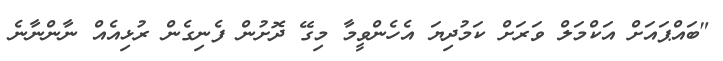
"ބައްޕައަށް އަކްމަލް ވަރަށް ކަމުދިޔަ އެހެންވީމާ މިގޭ ދޮށުން ފެނިގެން ރުޅިއެއް ނާންނާނެ